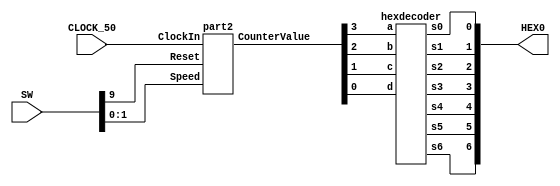
module eightbitcounter_ratedivider(SW, CLOCK_50, HEX0);
	input [9:0] SW;
	input CLOCK_50;
	output [6:0] HEX0;
	wire [1:0] Speed;
	assign Speed[1:0] = SW[1:0];
	wire [3:0] CounterValue;
	part2 u0(CLOCK_50, SW[9], Speed, CounterValue);

	hexdecoder u1(CounterValue[0], CounterValue[1], CounterValue[2], CounterValue[3], HEX0[0], HEX0[1], HEX0[2], HEX0[3], HEX0[4], HEX0[5], HEX0[6]);
endmodule

module part2(ClockIn, Reset, Speed, CounterValue);
	input ClockIn, Reset;
	input [1:0] Speed;
	output reg [3:0] CounterValue;
	reg [31:0] RateDivider;
	wire Enable;
	assign Enable = (RateDivider == 0)?1:0;

	always @(posedge ClockIn)
	begin
		RateDivider <= RateDivider - 1;
		if (Speed == 2'b00)
			RateDivider <= 0;
		else if ((Speed == 2'b01) & ((RateDivider == 0) | (RateDivider > 499)))
			RateDivider <= 499;
		else if ((Speed == 2'b10) & ((RateDivider == 0) | (RateDivider > 999)))
			RateDivider <= 999;
		else if ((Speed == 2'b11) & ((RateDivider == 0) | (RateDivider > 1999)))
			RateDivider <= 1999;
		if (Reset == 1'b1)
			CounterValue <= 4'b0000;
		else if (CounterValue == 4'b1111)
			CounterValue <= 4'b0000;
		else if (Enable == 1'b1) // Increment CounterValue only when Enable is 1
			CounterValue <= CounterValue + 1;
	end
endmodule

	
module hexdecoder(d, c, b, a, s0, s1, s2, s3, s4, s5, s6);
	input a, b, c, d;
	output s0, s1, s2, s3, s4, s5, s6;
	assign s0 = (a & b & ~c & d) || (a & ~b & c & d) || (~a & b & ~c & ~d) || (~a & ~b & ~c & d);
	assign s1 = (a & b & ~d) || (a & c & d) || (~a & b & ~c & d) || (b & c & ~d);
	assign s2 = (a & b & c) || (a & b & ~d) || (~a & ~b & c & ~d);
	assign s3 = (a & ~b & c & ~d) || (~a & b & ~c & ~d) || (b & c & d) || (~a & ~b & ~c & d);
	assign s4 = (~a & b & ~c) || (~a & d) || (~b & ~c & d);
	assign s5 = (a & b & ~c & d) || (~a & ~b & c) || (~a & ~b & d) || (~a & c & d);
	assign s6 = (a & b & ~c & ~d) || (~a & b & c & d) || (~a & ~b & ~c);
endmodule